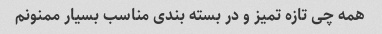
همه چی تازه تمیز و در بسته بندی مناسب بسیار ممنونم